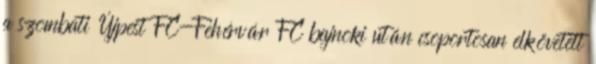
a szombati Újpest FC-Fehérvár FC bajnoki után csoportosan elkövetett